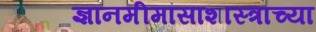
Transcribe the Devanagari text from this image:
ज्ञानमीमांसाशास्त्राच्या